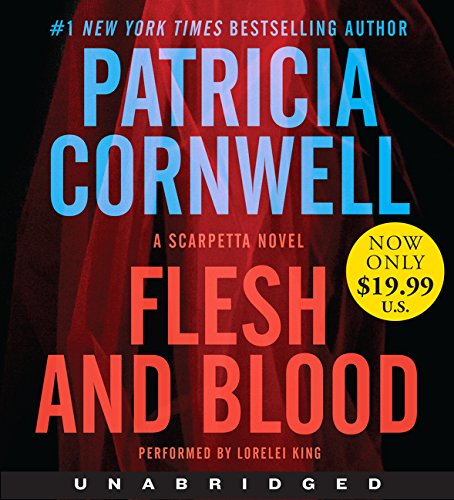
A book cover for Flesh and Blood Low Price CD: A Scarpetta Novel; Patricia Cornwell; Mystery, Thriller & Suspense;